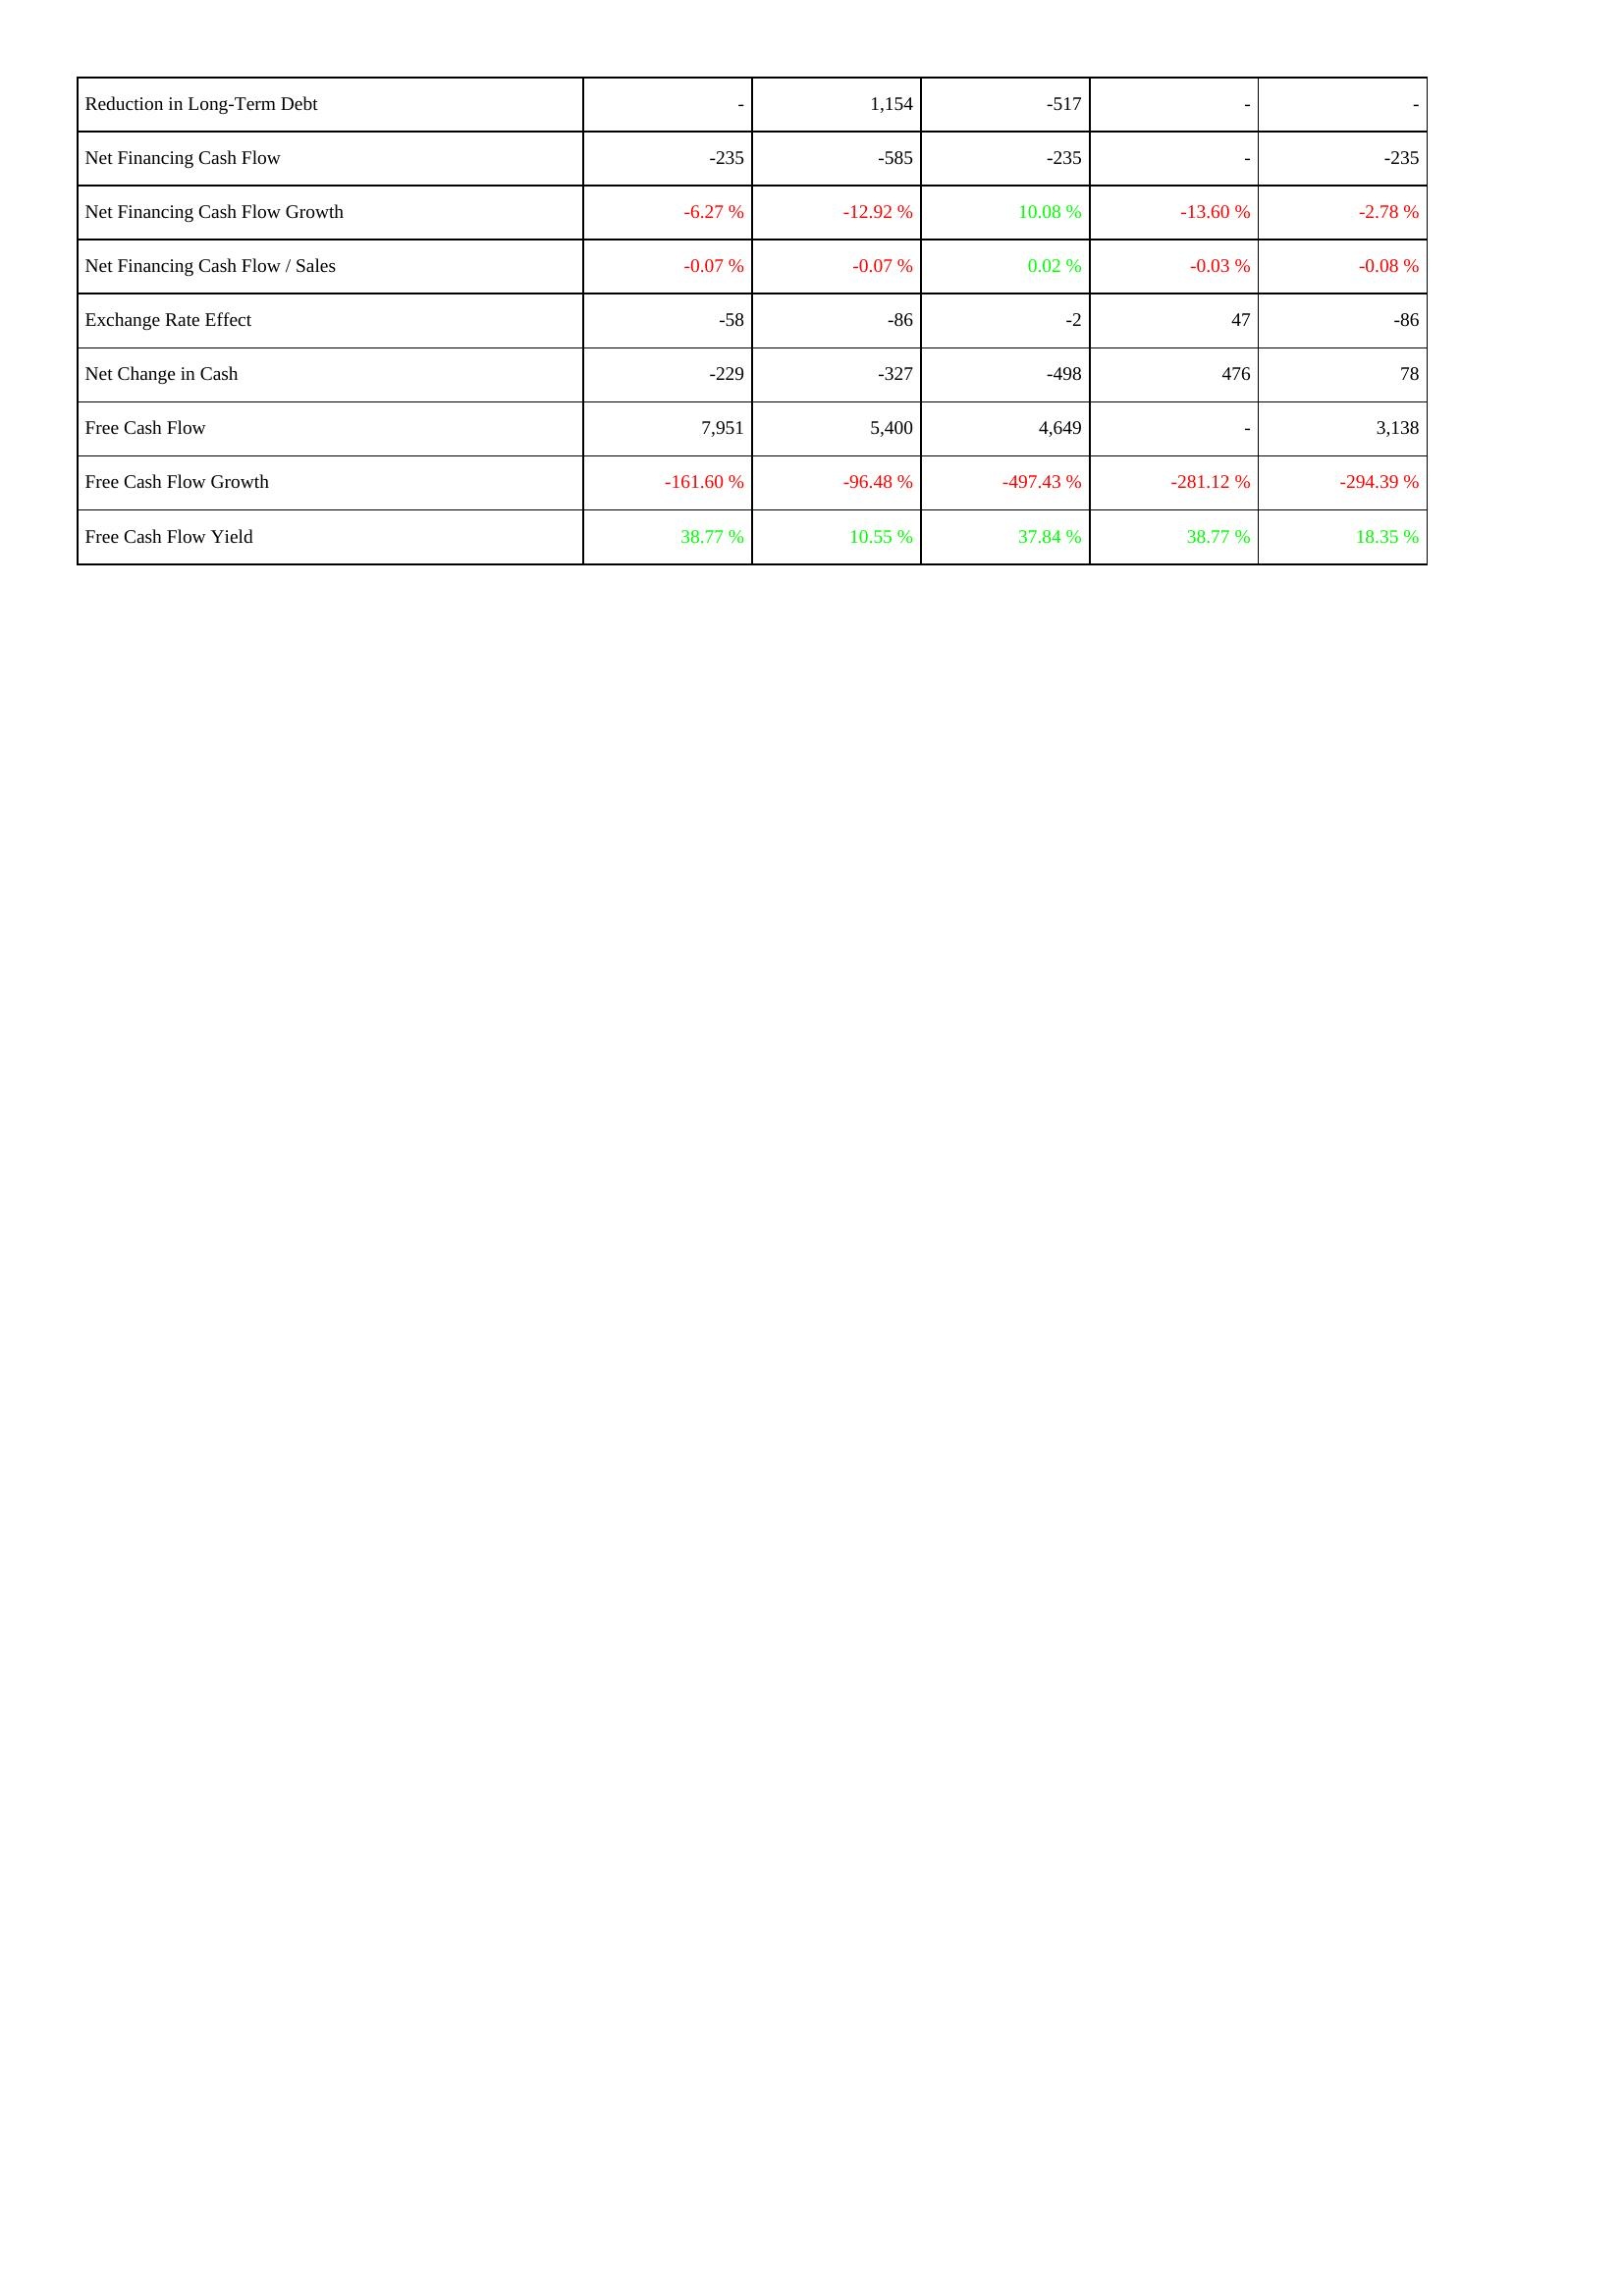
2023: Financing Activities: Reduction in Long-Term Debt: -
Net Financing Cash Flow: -235
Net Financing Cash Flow Growth: -6.27 %
Net Financing Cash Flow / Sales: -0.07 %
Exchange Rate Effect: -58
Net Change in Cash: -229
Free Cash Flow: 7,951
Free Cash Flow Growth: -161.60 %
Free Cash Flow Yield: 38.77 %
2022: Financing Activities: Reduction in Long-Term Debt: 1,154
Net Financing Cash Flow: -585
Net Financing Cash Flow Growth: -12.92 %
Net Financing Cash Flow / Sales: -0.07 %
Exchange Rate Effect: -86
Net Change in Cash: -327
Free Cash Flow: 5,400
Free Cash Flow Growth: -96.48 %
Free Cash Flow Yield: 10.55 %
2021: Financing Activities: Reduction in Long-Term Debt: -517
Net Financing Cash Flow: -235
Net Financing Cash Flow Growth: 10.08 %
Net Financing Cash Flow / Sales: 0.02 %
Exchange Rate Effect: -2
Net Change in Cash: -498
Free Cash Flow: 4,649
Free Cash Flow Growth: -497.43 %
Free Cash Flow Yield: 37.84 %
2020: Financing Activities: Reduction in Long-Term Debt: -
Net Financing Cash Flow: -
Net Financing Cash Flow Growth: -13.60 %
Net Financing Cash Flow / Sales: -0.03 %
Exchange Rate Effect: 47
Net Change in Cash: 476
Free Cash Flow: -
Free Cash Flow Growth: -281.12 %
Free Cash Flow Yield: 38.77 %
2019: Financing Activities: Reduction in Long-Term Debt: -
Net Financing Cash Flow: -235
Net Financing Cash Flow Growth: -2.78 %
Net Financing Cash Flow / Sales: -0.08 %
Exchange Rate Effect: -86
Net Change in Cash: 78
Free Cash Flow: 3,138
Free Cash Flow Growth: -294.39 %
Free Cash Flow Yield: 18.35 %